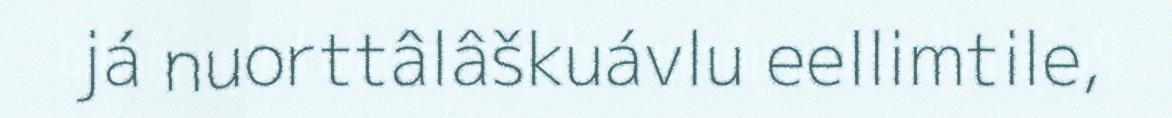
já nuorttâlâškuávlu eellimtile,